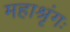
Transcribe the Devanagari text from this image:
महाश्रृंगः